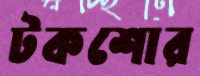
টকশোর